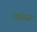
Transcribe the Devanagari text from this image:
फॉस्स